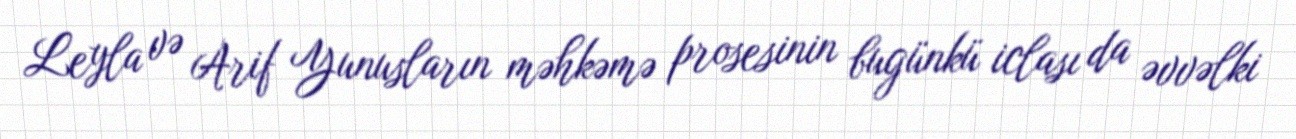
Leyla və Arif Yunusların məhkəmə prosesinin bugünkü iclası da əvvəlki